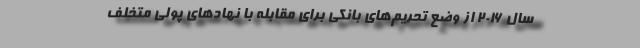
سال ۲۰۱۶ از وضع تحریم‌های بانکی برای مقابله با نهادهای پولی متخلف